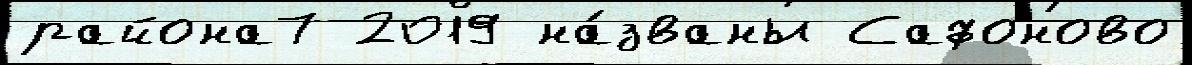
района7 2019 на́званы Сафоново